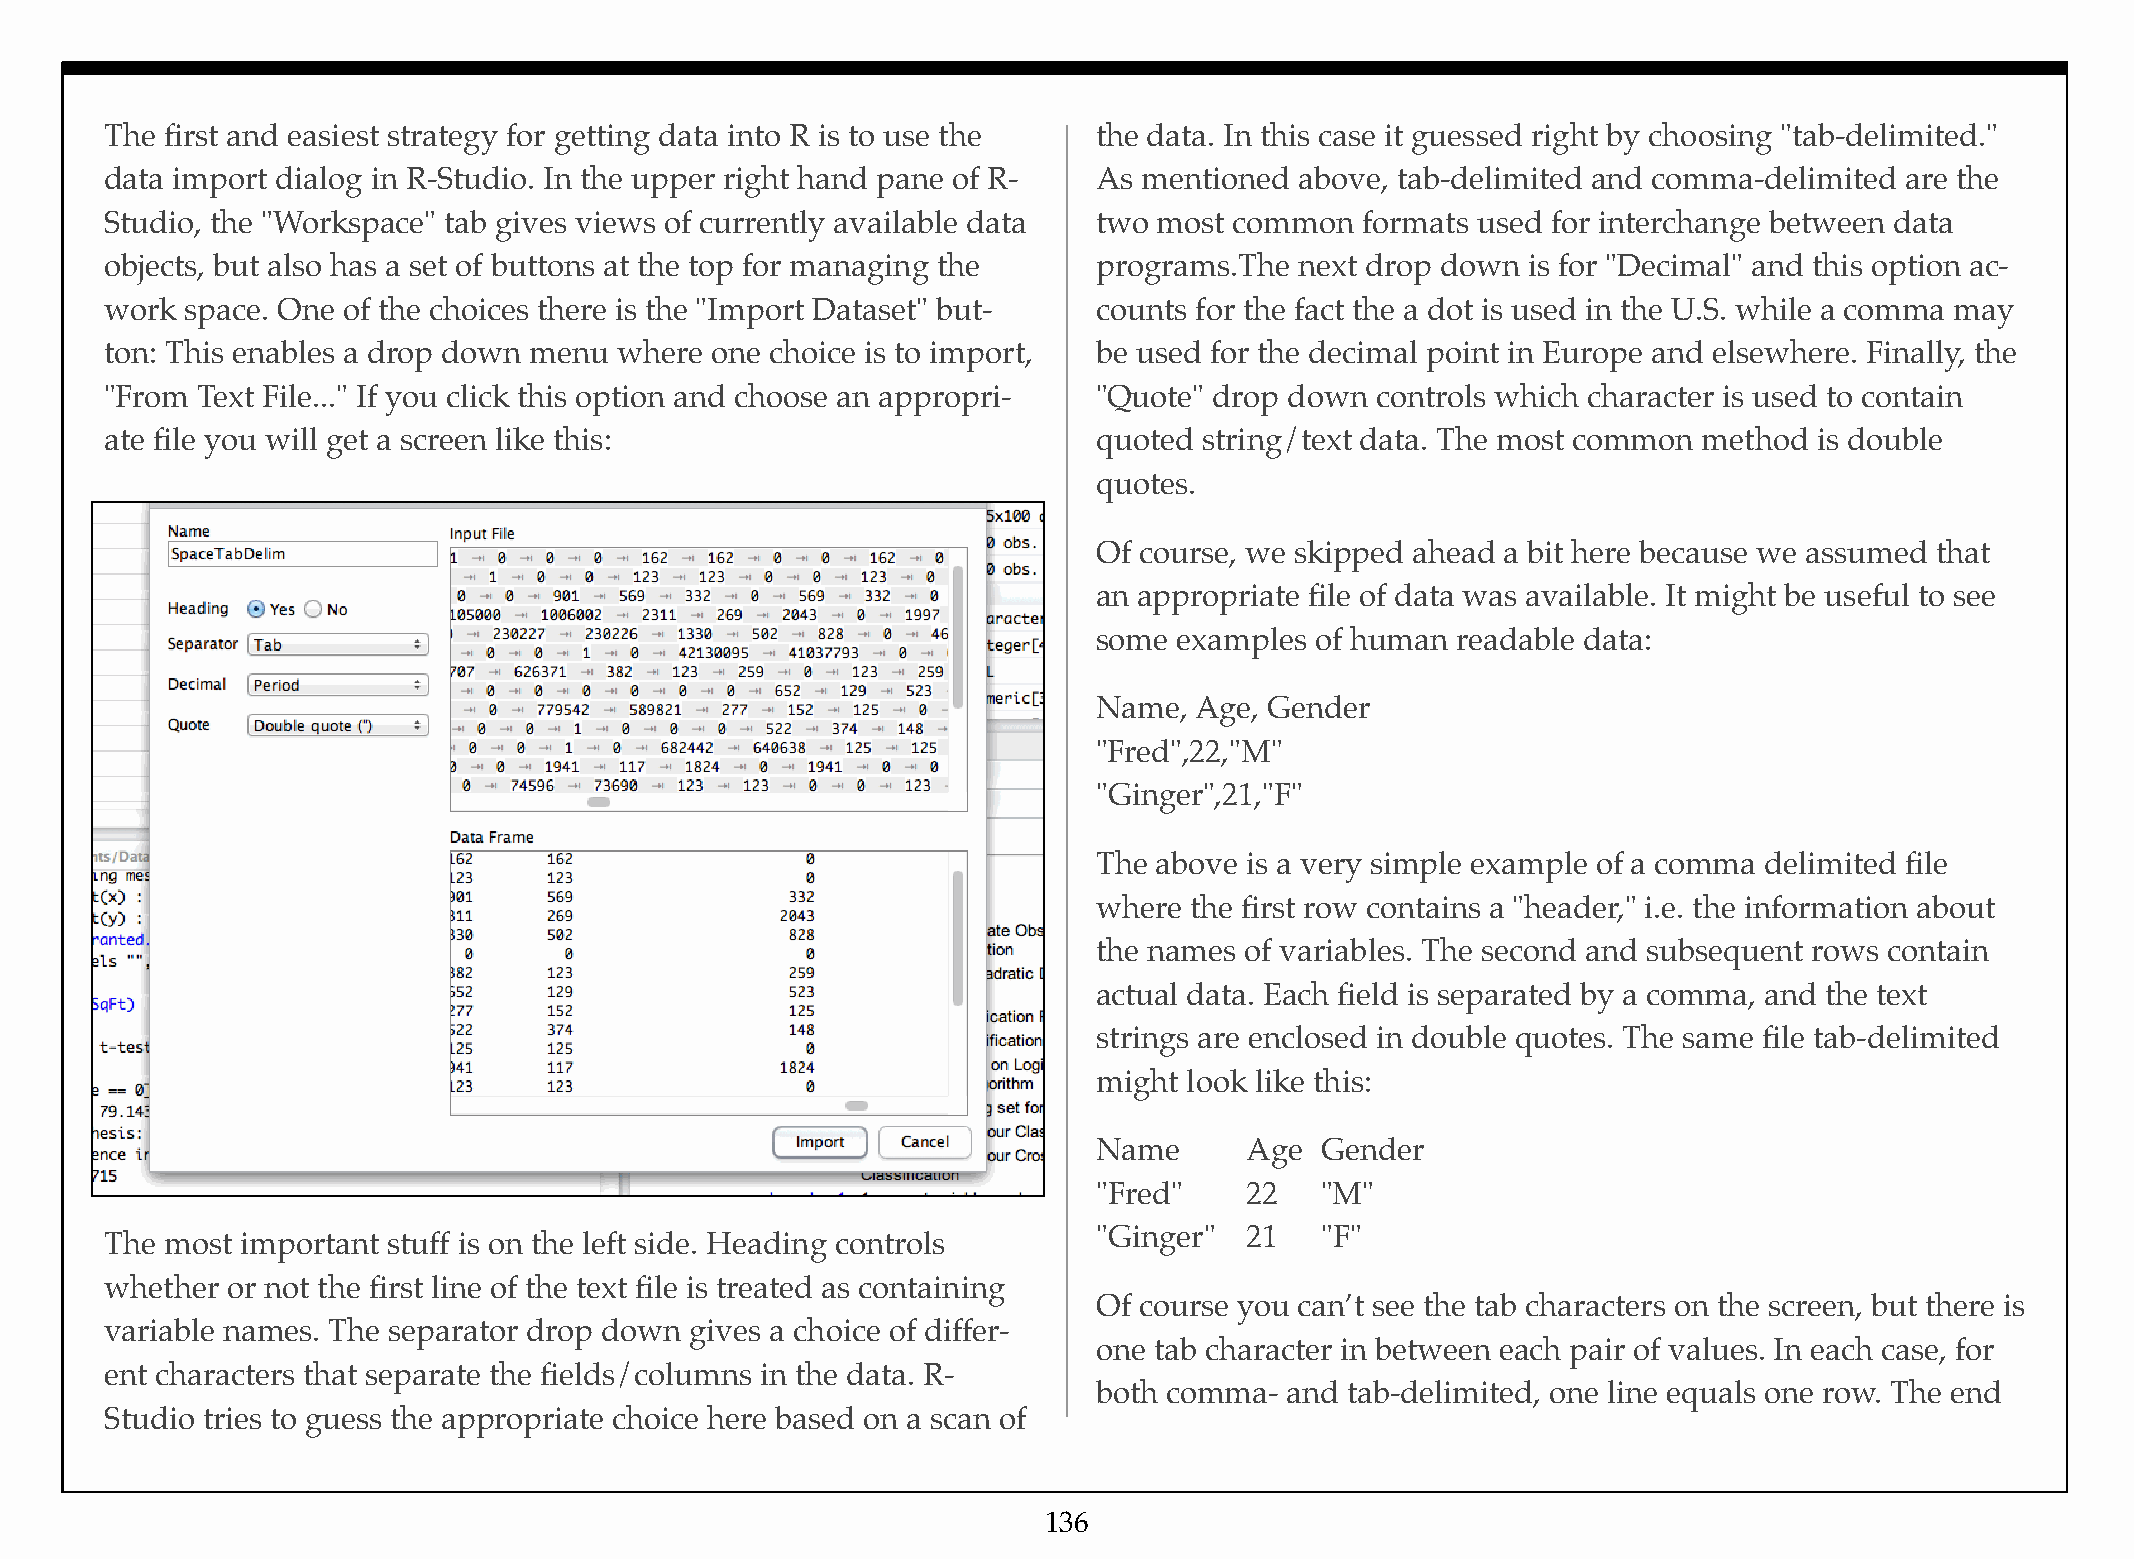
The first and easiest strategy for getting data into R is to use the the data. In this case it guessed right by choosing "tab-delimited."
 data import dialog in R-Studio. In the upper right hand pane of R- As mentioned above, tab-delimited and comma-delimited are the
 Studio, the "Workspace" tab gives views of currently available data two most common formats used for interchange between data
 objects, but also has a set of buttons at the top for managing the programs.The next drop down is for "Decimal" and this option ac-
 work space. One of the choices there is the "Import Dataset" but- counts for the fact the a dot is used in the U.S. while a comma may
 ton: This enables a drop down menu where one choice is to import, be used for the decimal point in Europe and elsewhere. Finally, the
 "From Text File..." If you click this option and choose an appropri- "Quote" drop down controls which character is used to contain
 ate file you will get a screen like this:                         quoted string/text data. The most common method is double
 quotes.
 Of course, we skipped ahead a bit here because we assumed that
 an appropriate file of data was available. It might be useful to see
 some examples of human readable data:
 Name, Age, Gender
 "Fred",22,"M"
 "Ginger",21,"F"
 The above is a very simple example of a comma delimited file
 where the first row contains a "header," i.e. the information about
 the names of variables. The second and subsequent rows contain
 actual data. Each field is separated by a comma, and the text
 strings are enclosed in double quotes. The same file tab-delimited
 might look like this:
 Name!    Age! Gender
 "Fred"!  22!  "M"
 "Ginger"! 21! "F"
 The most important stuff is on the left side. Heading controls
 whether or not the first line of the text file is treated as containing
 Of course you can’t see the tab characters on the screen, but there is
 variable names. The separator drop down gives a choice of differ-
 one tab character in between each pair of values. In each case, for
 ent characters that separate the fields/columns in the data. R-
 both comma- and tab-delimited, one line equals one row. The end
 Studio tries to guess the appropriate choice here based on a scan of
 136